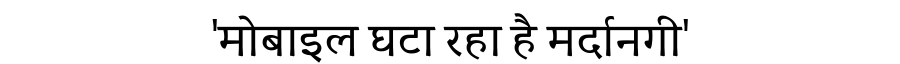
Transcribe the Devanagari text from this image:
'मोबाइल घटा रहा है मर्दानगी'